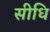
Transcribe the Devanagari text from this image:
सीधि